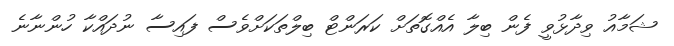
ޝަމާއު ވިދާޅުވީ ފެން ބިލާ އެއްގޮތަށް ކަރަންޓް ބިލްތަކަށްވެސް ފައިސާ ނުދައްކާ ހުންނާނެ